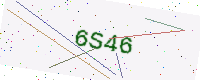
Text: 6S46